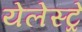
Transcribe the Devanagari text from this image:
येलेस्ट्रे